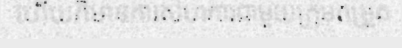
ហើយក៏មានការសហការជាមួយក្រុមតម្រួត